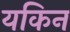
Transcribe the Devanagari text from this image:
यकिन